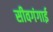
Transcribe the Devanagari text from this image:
सीवगंगाई